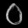
Digit: ၀